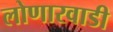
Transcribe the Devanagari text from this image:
लोणारवाडी